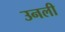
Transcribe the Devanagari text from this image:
उनली